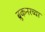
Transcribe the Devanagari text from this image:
ब्रुकनरच्या